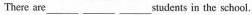
There are ___ ___ ___ students in the school.